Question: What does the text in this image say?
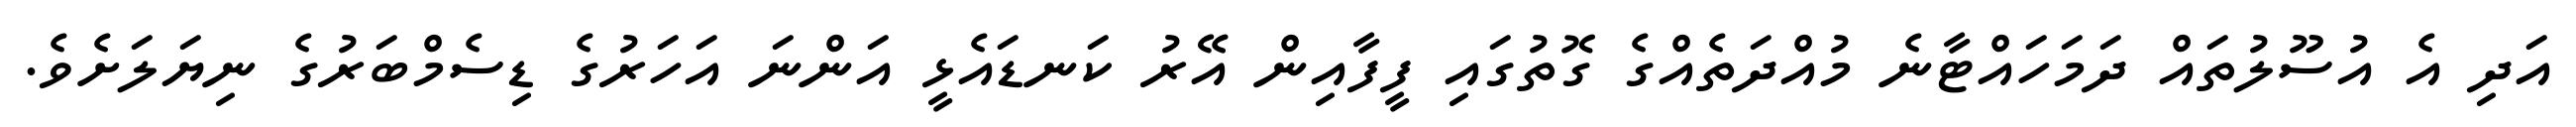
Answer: އަދި އެ އުސޫލުތައް ދަމަހައްޓާނެ މުއްދަތެއްގެ ގޮތުގައި ފީފާއިން އޭރު ކަނޑައެޅީ އަންނަ އަހަރުގެ ޑިސެމްބަރުގެ ނިޔަލަށެވެ.